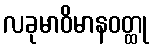
လခုမာဝိမာနဝတ္ထု